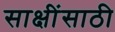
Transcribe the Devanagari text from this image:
साक्षींसाठी